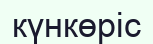
күнкөріс